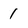
Character: 1